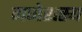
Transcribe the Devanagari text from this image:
गणेशस्य